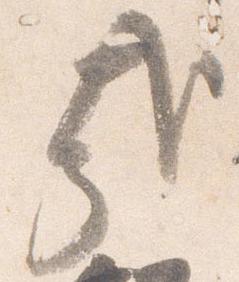
哉